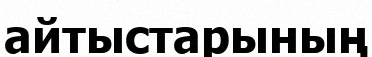
айтыстарының